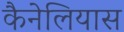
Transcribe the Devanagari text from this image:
कैनेलियास